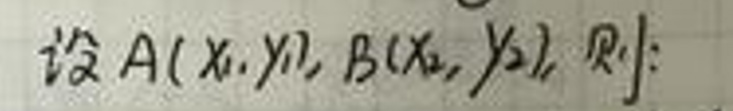
设\(A(x_1,y_1)\)，\(B(x_2,y_2)\)，则：